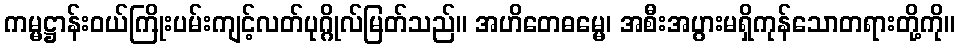
ကမ္မဋ္ဌာန်းဝယ်ကြိုးပမ်းကျင့်လတ်ပုဂ္ဂိုလ်မြတ်သည်။ အဟိတေဓမ္မေ၊ အစီးအပွားမရှိကုန်သောတရားတို့ကို။